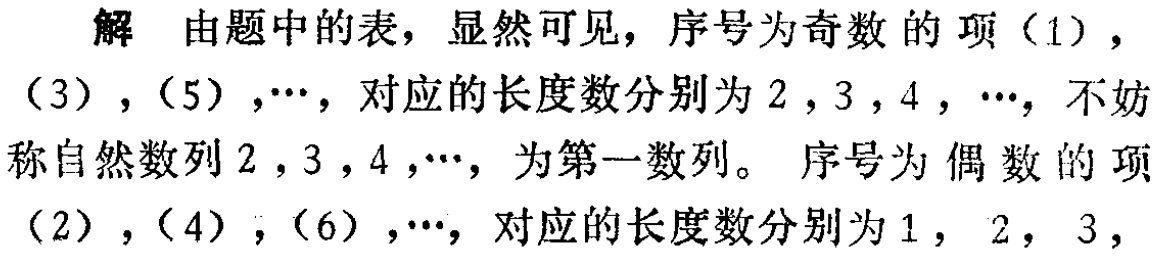
解 由题中的表，显然可见，序号为奇数的项（1），（3），（5），$\cdots$，对应的长度数分别为$2$，$3$，$4$，$\cdots$，不妨称自然数列$2$，$3$，$4$，$\cdots$，为第一数列。 序号为偶数的项（2），（4），（6），$\cdots$，对应的长度数分别为$1$，$2$，$3$，